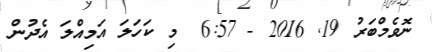
ނޮވެމްބަރު 19